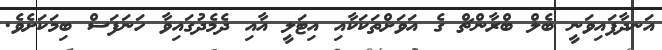
އަނދާފައިވަނީ ބެލް ބްރާންޗް ގެ އަވަށްތަކަކާއި އިޓަލީ އާއި ދެމެދުގައިވާ ހަނަފަސް ބިމަކަށެވެ.